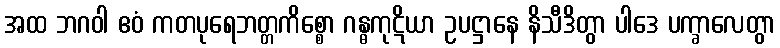
အထ ဘဂဝါ ဧဝံ ကတပုရေဘတ္တကိစ္စော ဂန္ဓကုဋိယာ ဥပဋ္ဌာနေ နိသီဒိတွာ ပါဒေ ပက္ခာလေတွာ